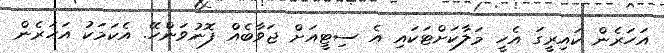
އަހަރެން ކައިރީގަ އެހީ މަލާކަށްޓަކައި އެ ސިޓީއަށް ޖަވާބެއް ފޮނުވަންހޭ. އެކަމަކު އަހަރެން